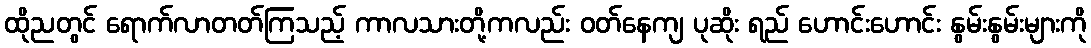
ထိုညတွင် ရောက်လာတတ်ကြသည့် ကာလသားတို့ကလည်း ဝတ်နေကျ ပုဆိုး ရည် ဟောင်းဟောင်း နွမ်းနွမ်းများကို